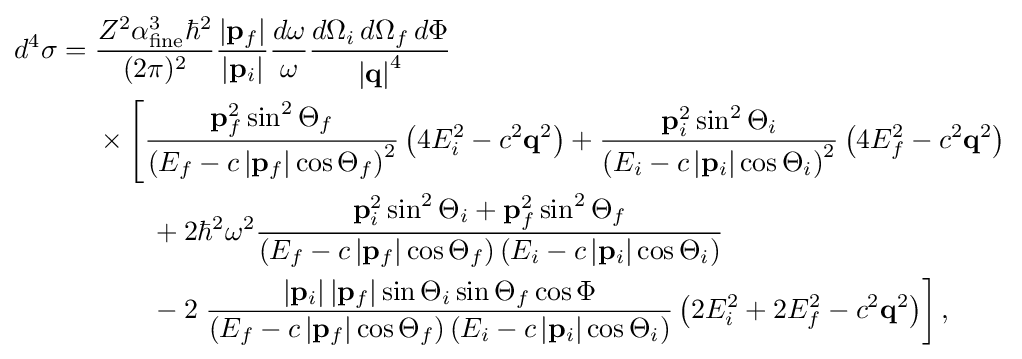
{\begin{aligned}d^{4}\sigma ={}&{\frac {Z^{2}\alpha _{\text{fine}}^{3}\hbar ^{2}}{(2\pi )^{2}}}{\frac {\left|\mathbf {p} _{f}\right|}{\left|\mathbf {p} _{i}\right|}}{\frac {d\omega }{\omega }}{\frac {d\Omega _{i}\,d\Omega _{f}\,d\Phi }{\left|\mathbf {q} \right|^{4}}}\\&{}\times \left[{\frac {\mathbf {p} _{f}^{2}\sin ^{2}\Theta _{f}}{\left(E_{f}-c\left|\mathbf {p} _{f}\right|\cos \Theta _{f}\right)^{2}}}\left(4E_{i}^{2}-c^{2}\mathbf {q} ^{2}\right)+{\frac {\mathbf {p} _{i}^{2}\sin ^{2}\Theta _{i}}{\left(E_{i}-c\left|\mathbf {p} _{i}\right|\cos \Theta _{i}\right)^{2}}}\left(4E_{f}^{2}-c^{2}\mathbf {q} ^{2}\right)\right.\\&{}\qquad +2\hbar ^{2}\omega ^{2}{\frac {\mathbf {p} _{i}^{2}\sin ^{2}\Theta _{i}+\mathbf {p} _{f}^{2}\sin ^{2}\Theta _{f}}{(E_{f}-c\left|\mathbf {p} _{f}\right|\cos \Theta _{f})\left(E_{i}-c\left|\mathbf {p} _{i}\right|\cos \Theta _{i}\right)}}\\&{}\qquad -2\left.{\frac {\left|\mathbf {p} _{i}\right|\left|\mathbf {p} _{f}\right|\sin \Theta _{i}\sin \Theta _{f}\cos \Phi }{\left(E_{f}-c\left|\mathbf {p} _{f}\right|\cos \Theta _{f}\right)\left(E_{i}-c\left|\mathbf {p} _{i}\right|\cos \Theta _{i}\right)}}\left(2E_{i}^{2}+2E_{f}^{2}-c^{2}\mathbf {q} ^{2}\right)\right],\end{aligned}}